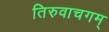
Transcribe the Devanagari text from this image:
तिरुवाचगम्‌